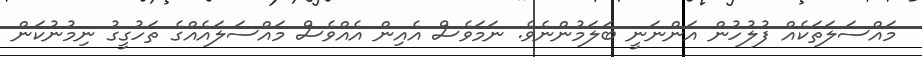
މައްސަލަތަކެއް ފުލުހުން އަންނަނީ ބަލަމުންނެވެ. ނަމަވެސް އެއިން އެއްވެސް މައްސަލައެއްގެ ތަހުގީގު ނިމުނުކަން